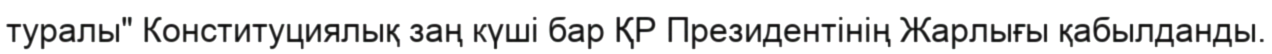
туралы" Конституциялық заң күші бар ҚР Президентінің Жарлығы қабылданды.